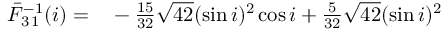
\begin{array} { r l } { \bar { F } _ { 3 \, 1 } ^ { - 1 } ( i ) = } & { { } - \frac { 1 5 } { 3 2 } \sqrt { 4 2 } ( \sin i ) ^ { 2 } \cos i + \frac { 5 } { 3 2 } \sqrt { 4 2 } ( \sin i ) ^ { 2 } } \end{array}